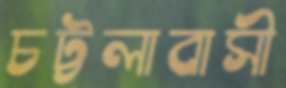
চট্টলাবাসী